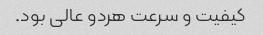
کیفیت و سرعت هردو عالی بود.